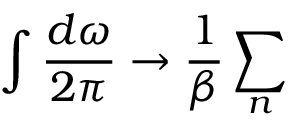
\int \frac { d \omega } { 2 \pi } \rightarrow \frac { 1 } { \beta } \sum _ { n }